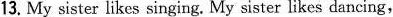
13. My sister likes singing. My sister likes dancing,